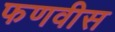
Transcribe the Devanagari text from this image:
फणवीस